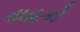
વાહકો